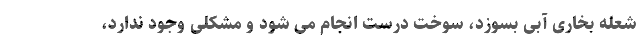
شعله بخاری آبی بسوزد، سوخت درست انجام می شود و مشکلی وجود ندارد،